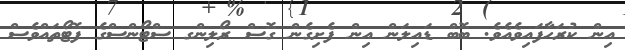
އިން ކުރަހާފައިވެއެެވެ. ބޮބް ޑައިލަން އިން ފެށިގެން ގޮސް ރޯލިންގ ސްޓޯންްސްގެ ފޮޓޯތައްވެސް